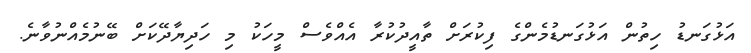
އަޅުގަނޑު ހިތުން އަޅުގަނޑުމެންގެ ފިކުރަށް ތާއީދުކުރާ އެއްވެސް މީހަކު މި ހަދިޔާދޭކަށް ބޭނުމެއްނުވާނެ.